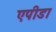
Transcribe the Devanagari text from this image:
एपीडा